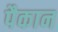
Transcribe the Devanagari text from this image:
पैकान